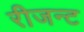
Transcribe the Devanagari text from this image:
रीजन्ट